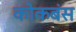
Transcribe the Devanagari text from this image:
कोकबंस